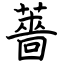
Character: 薔